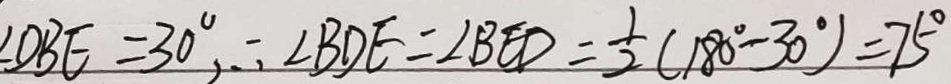
\angle D B E = 3 0 ^ { \circ } , \therefore \angle B D E = \angle B E D = \frac { 1 } { 2 } ( 1 8 0 ^ { \circ } - 3 0 ^ { \circ } ) = 7 5 ^ { \circ }